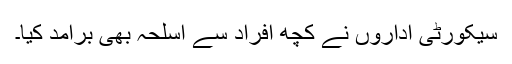
سیکورٹی اداروں نے کچھ افراد سے اسلحہ بھی برآمد کیا۔